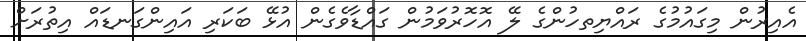
އެއިރުން މިގައުމުގެ ރައްޔިތހުންގެ ލޭ އޮހޮރުވަމުން ގައްޑާވެގެން އުޅޭ ބަކަރި އައިންގަނޑައް އިތުރަށް